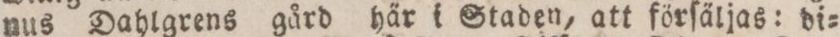
nus Dahlgrens gård här i Staden, att förſäljas: di=